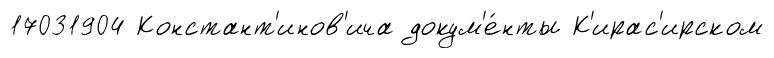
17031904 Констант'инов'ича докум'е́нты К'ирас'ирском